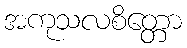
အကုသလစိတ္တော